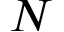
N